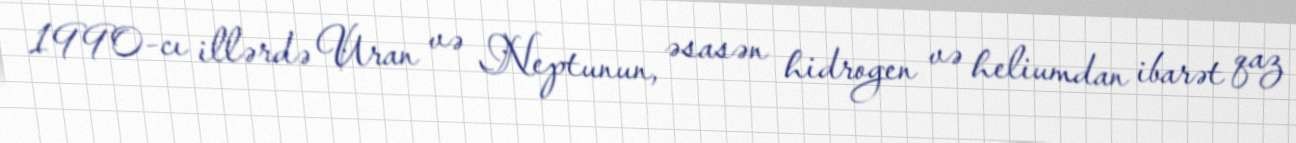
1990-cı illərdə Uran və Neptunun, əsasən hidrogen və heliumdan ibarət qaz